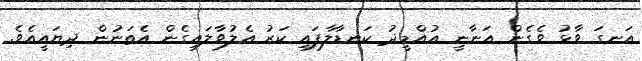
އަނގަ ވާޅު ވެގެން އަނާނީ އުއްމީދު ކަނޑާލާފައި ކަރު އެލުވާލައިގެން އެތަނުން ދިޔައީއެވެ.